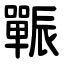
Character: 辴